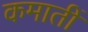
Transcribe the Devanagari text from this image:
कमातीं